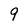
Character: 9